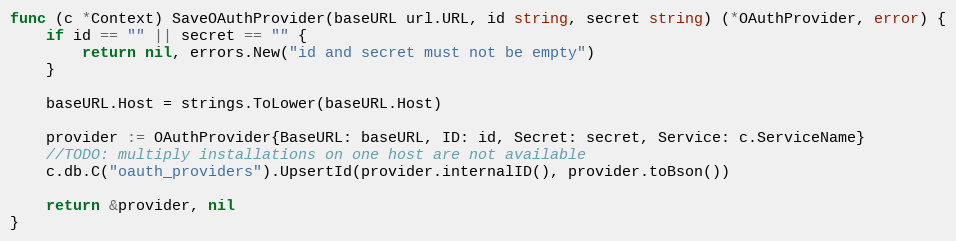
Language: Go
func (c *Context) SaveOAuthProvider(baseURL url.URL, id string, secret string) (*OAuthProvider, error) {
	if id == "" || secret == "" {
		return nil, errors.New("id and secret must not be empty")
	}

	baseURL.Host = strings.ToLower(baseURL.Host)

	provider := OAuthProvider{BaseURL: baseURL, ID: id, Secret: secret, Service: c.ServiceName}
	//TODO: multiply installations on one host are not available
	c.db.C("oauth_providers").UpsertId(provider.internalID(), provider.toBson())

	return &provider, nil
}